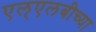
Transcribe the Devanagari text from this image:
एल्‌एलबीच्या